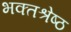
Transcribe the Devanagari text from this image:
भक्तश्रेष्ठ